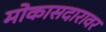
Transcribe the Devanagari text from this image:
मोकासदारावर